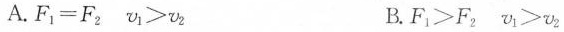
A.F_{1}=F_{2} v_{1}>v_{2} B.F_{1}>F_{2} v_{1}>v_{2}